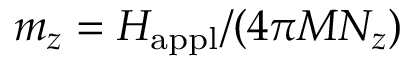
m _ { z } = H _ { \mathrm { a p p l } } / ( 4 \pi M N _ { z } )